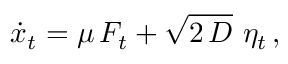
\dot { x } _ { t } = \mu \, F _ { t } + \sqrt { 2 \, D } ~ \eta _ { t } \, ,